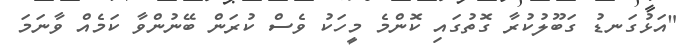
"އަޅުގަނޑު ގަބޫލުކުރާ ގޮތުގައި ކޮންމެ މީހަކު ވެސް ކުރަން ބޭނުންވާ ކަމެއް ވާނަމަ